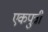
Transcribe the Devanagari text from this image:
एकपुत्री